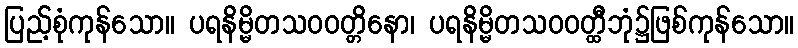
ပြည့်စုံကုန်သော။ ပရနိမ္မိတသဝဝတ္တိနော၊ ပရနိမ္မိတသဝဝတ္ထီဘုံ၌ဖြစ်ကုန်သော။